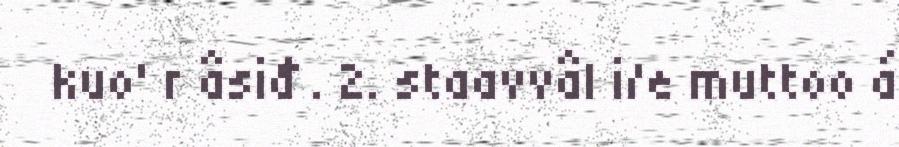
kuo' r âsiđ . 2. staavvâl i/e muttoo á